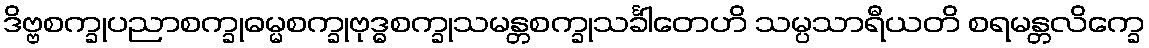
ဒိဗ္ဗစက္ခုပညာစက္ခုဓမ္မစက္ခုဗုဒ္ဓစက္ခုသမန္တစက္ခုသင်္ခါတေဟိ သမ္ပသာရီယတိ စရမန္တလိက္ခေ